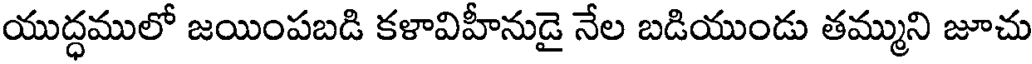
యుద్ధములో జయింపబడి కళావిహీనుడై నేల బడియుండు తమ్ముని జూచు